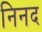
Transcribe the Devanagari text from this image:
निनद